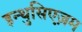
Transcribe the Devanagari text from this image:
इन्थुसिएज़म